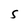
Character: S